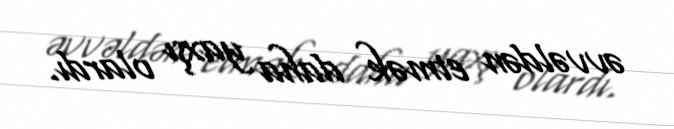
əvvəldən etmək daha yaxşı olardı.